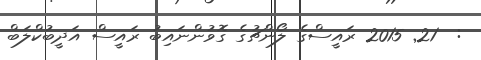
:  21